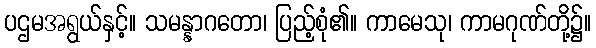
ပဌမအရွယ်နှင့်။ သမန္နာဂတော၊ ပြည့်စုံ၏။ ကာမေသု၊ ကာမဂုဏ်တို့၌။